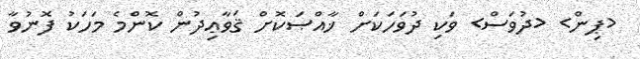
<ޕިން> <ދުވަސް> ވަކި ދުވަހަކަށް ޚާއްޞަކޮށް ޤަވާޢިދުން ކޮންމެ މަހަކު ފޮނުވާ